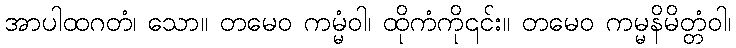
အာပါထဂတံ၊ သော။ တမေဝ ကမ္မံဝါ၊ ထိုကံကို၎င်း။ တမေဝ ကမ္မနိမိတ္တံဝါ၊